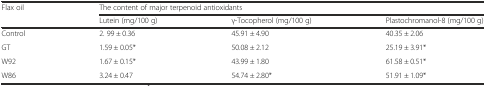
| <ROWSPAN=2> Flax oil | <COLSPAN=3> The content of major terpenoid antioxidants |
 | Lutein (mg/100 g) | γ-Tocopherol (mg/100 g) | Plastochromanol-8 (mg/100 g) |
 | --- | --- | --- | --- |
 | Control | 2. 99 ± 0.36 | 45.91 ± 4.90 | 40.35 ± 2.06 |
 | GT | 1.59 ± 0.05* | 50.08 ± 2.12 | 25.19 ± 3.91* |
 | W92 | 1.67 ± 0.15* | 43.99 ± 1.80 | 61.58 ± 0.51* |
 | W86 | 3.24 ± 0.47 | 54.74 ± 2.80* | 51.91 ± 1.09* |